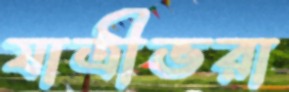
যাত্রীভরা